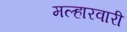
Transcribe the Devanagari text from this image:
मल्हारवारी